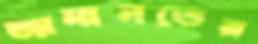
জামানতের